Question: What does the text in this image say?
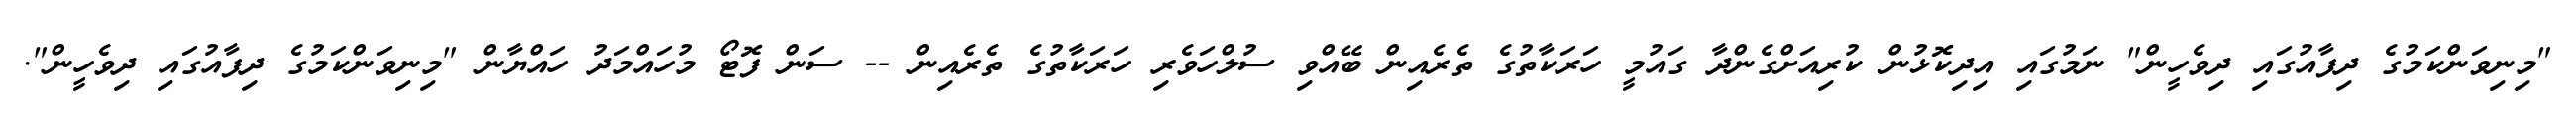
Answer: "މިނިވަންކަމުގެ ދިފާއުގައި ދިވެހީން" ނަމުގައި އިދިކޮޅުން ކުރިއަށްގެންދާ ގައުމީ ހަރަކާތުގެ ތެރެއިން ބޭއްވި ސުލްހަވެރި ހަރަކާތުގެ ތެރެއިން -- ސަން ފޮޓޯ މުހައްމަދު ހައްޔާން "މިނިވަންކަމުގެ ދިފާއުގައި ދިވެހީން".